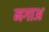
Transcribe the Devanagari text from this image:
मगाअ